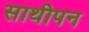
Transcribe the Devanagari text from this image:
साथीपन